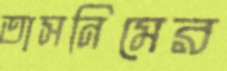
তাসনিমের